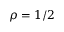
\rho = 1 / 2